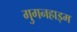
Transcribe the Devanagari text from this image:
गुगनहाइम